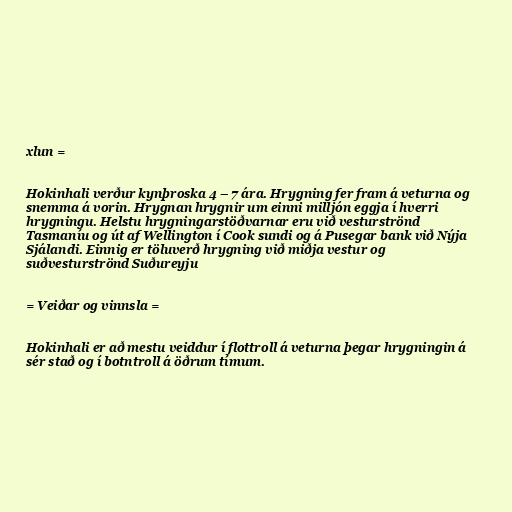
xlun =

Hokinhali verður kynþroska 4 – 7 ára. Hrygning fer fram á veturna og
snemma á vorin. Hrygnan hrygnir um einni milljón eggja í hverri
hrygningu. Helstu hrygningarstöðvarnar eru við vesturströnd
Tasmaníu og út af Wellington í Cook sundi og á Pusegar bank við Nýja
Sjálandi. Einnig er töluverð hrygning við miðja vestur og
suðvesturströnd Suðureyju

= Veiðar og vinnsla =

Hokinhali er að mestu veiddur í flottroll á veturna þegar hrygningin á
sér stað og í botntroll á öðrum tímum.